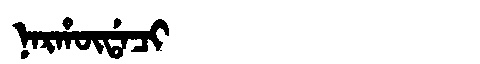
Manchu: ᠨᠠᡵᡥᡡᡩᠠᠴᡳ
Romanization: NARHŪDACI